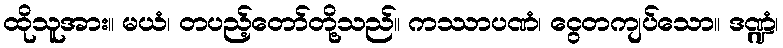
ထိုသူအား။ မယံ၊ တပည့်တော်တို့သည်။ ကဿာပဏံ၊ ငွေတကျပ်သော။ ဒဏ္ဍံ၊